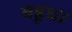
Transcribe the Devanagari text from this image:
बहूधा